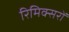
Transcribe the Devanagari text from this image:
रिमिक्सरों